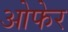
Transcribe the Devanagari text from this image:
ओफेर